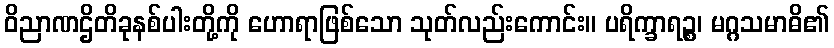
ဝိညာဏဌိတိခုနစ်ပါးတို့ကို ဟောရာဖြစ်သော သုတ်လည်းကောင်း။ ပရိက္ခာရဉ္စ၊ မဂ္ဂသမာဓိ၏